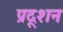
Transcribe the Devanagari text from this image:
प्रदूशन